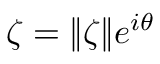
{ \zeta = \| \zeta \| e ^ { i \theta } }